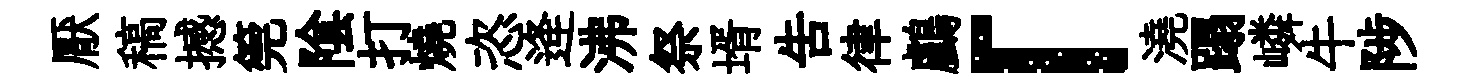
厭稿撼筦隂打燒恣逄沸祭壻告律鸕「澆蹋嶙牛陟